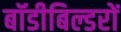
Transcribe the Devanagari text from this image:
बॉडीबिल्डरों